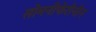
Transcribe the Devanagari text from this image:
सोमनीफेरीनीन